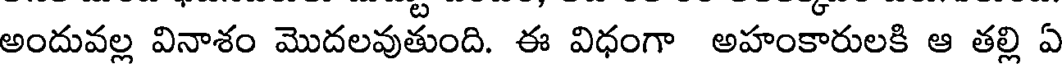
అందువల్ల వినాశం మొదలవుతుంది. ఈ విధంగా అహంకారులకి ఆ తల్లి ఏ